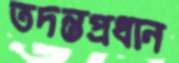
তদন্তপ্রধান